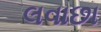
લવાછા